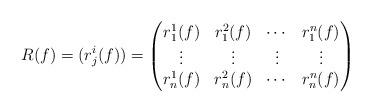
LaTeX: \begin{align*} R(f)=(r_{j}^{i}(f))=\begin{pmatrix} r_{1}^{1}(f)& r_{1}^{2}(f)&\cdots& r_{1}^{n}(f)\\\vdots&\vdots&\vdots&\vdots\\ r_{n}^{1}(f)& r_{n}^{2}(f)&\cdots& r_{n}^{n}(f)\end{pmatrix}\end{align*}